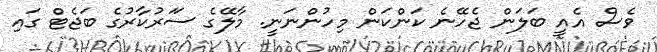
ވެސް އެއީ ބަލަން ޖެހޭނެ ކަންކަން މިހުންނަނީ. މާލޭގެ ސަަރުކާރުގެ ބަޖެޓް ގައި